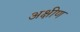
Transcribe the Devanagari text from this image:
अक्षीण